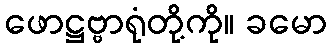
ဖောဋ္ဌဗ္ဗာရုံတို့ကို။ ခမော